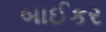
બાઈકર